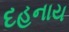
દહનાય